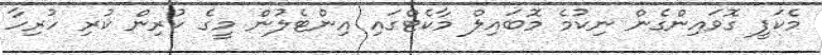
މެކަފީ ގޮވައިންގެން ނިކުމެ މޮބައިލް މާކެޓްގައި އިންޓެލުން މީގެ ކުރިން ކުރި ހުރިހާ